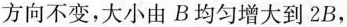
方向不变，大小由B均匀增大到2B，